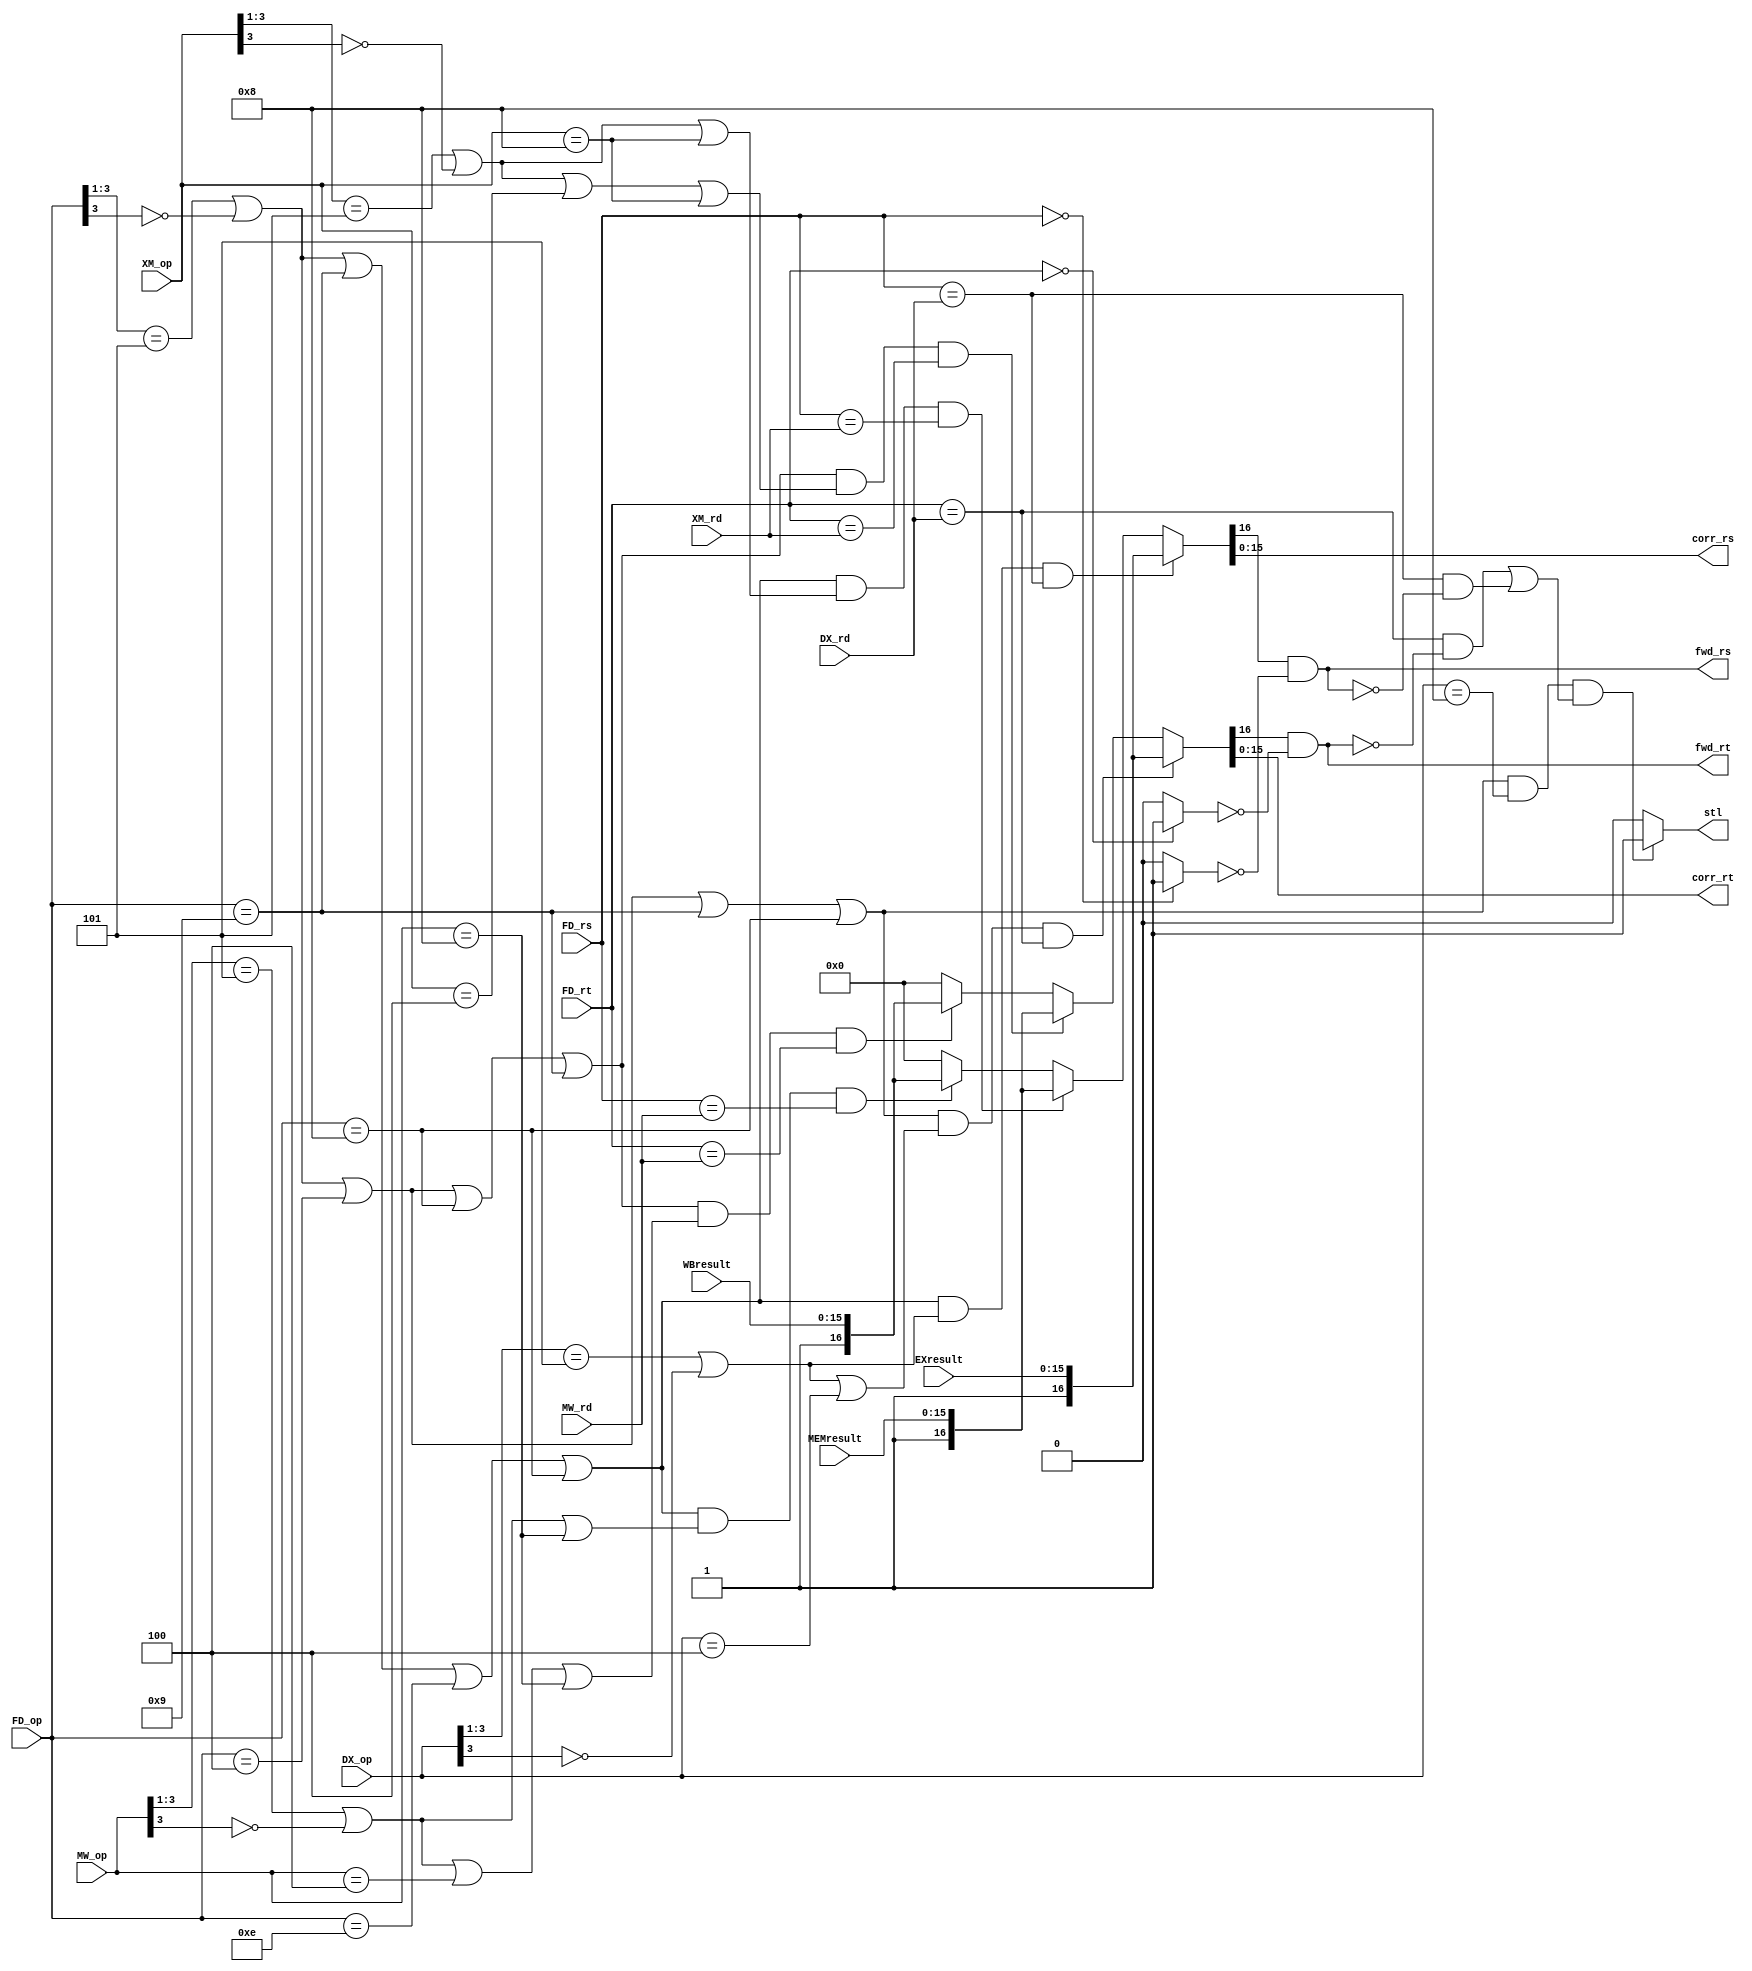
module HDU(FD_op, FD_rs, FD_rt, DX_op, DX_rd, XM_op, XM_rd, MW_op, MW_rd, EXresult, MEMresult, WBresult, stl, corr_rs, corr_rt, fwd_rs, fwd_rt);

input [3:0] FD_op, DX_op, XM_op, MW_op;
input [3:0] FD_rs, DX_rd, XM_rd, MW_rd;
input [3:0] FD_rt;
input [15:0] EXresult, MEMresult, WBresult;

output [15:0] corr_rs, corr_rt;
output stl;
output fwd_rs, fwd_rt;

localparam ARITH = 1'b0;
localparam [1:0] NoShift = 2'b00;
localparam [3:0] NOR = 4'b0100;
localparam [2:0] IMMLOAD = 3'b101;
localparam [3:0] LW = 4'b1000;
localparam [3:0] SW = 4'b1001;
localparam [3:0] JR = 4'b1110;

wire [16:0] corr_rs_tmp, corr_rt_tmp;
wire rsZero, rtZero;

//FORWARDING
// 16th bit/MSB is used to signal that a forward has occurred 
assign corr_rs_tmp = ((FD_op[3:1] == IMMLOAD || FD_op[3] == ARITH || FD_op == SW || FD_op == JR || FD_op == LW) && //FWD rs X->D
		(DX_op[3:1] == IMMLOAD ||  DX_op[3] == ARITH) && 
		(FD_rs == DX_rd)) ? {1'b1,EXresult} :
		((FD_op[3:1] == IMMLOAD || FD_op[3] == ARITH || FD_op == SW || FD_op == JR || FD_op == LW) && //FWD rs M->D
		(XM_op[3:1] == IMMLOAD ||  XM_op[3] == ARITH || XM_op == LW) && 
		(FD_rs == XM_rd)) ? {1'b1,MEMresult} :
		((FD_op[3:1] == IMMLOAD || FD_op[3] == ARITH || FD_op == SW || FD_op == JR || FD_op == LW) && //FWD rs W->D
		(MW_op[3:1] == IMMLOAD ||  MW_op[3] == ARITH || MW_op == LW) && 
		(FD_rs == MW_rd)) ? {1'b1,WBresult} : 
					17'b0;
 
// 16th bit/MSB is used to signal that a forward has occurred 
assign corr_rt_tmp = ((FD_op[3:1] == IMMLOAD || FD_op[3] == NoShift || FD_op == NOR || FD_op == SW || FD_op == LW) && //FWD rt X->D
		(DX_op[3:1] == IMMLOAD ||  DX_op[3] == NoShift || DX_op == NOR) && 
		(FD_rt == DX_rd)) ? {1'b1,EXresult} :
		((FD_op[3:1] == IMMLOAD || FD_op[3] == NoShift || FD_op == NOR || FD_op == LW || FD_op == SW) && //FWD rt M->D
		(XM_op[3:1] == IMMLOAD ||  XM_op[3] == NoShift || XM_op == NOR || XM_op == LW) &&
		(FD_rt == XM_rd)) ? {1'b1,MEMresult} :
		((FD_op[3:1] == IMMLOAD || FD_op[3] == NoShift || FD_op == NOR || FD_op == LW || FD_op == SW) && //FWD rt W->D
		(MW_op[3:1] == IMMLOAD ||  MW_op[3] == NoShift || MW_op == NOR || MW_op == LW) && 
		(FD_rt == MW_rd)) ? {1'b1,WBresult} : 
					17'b0;

//R0 is always 0
assign rsZero = (FD_rs == 4'b000) ? 1 : 0;
assign rtZero = (FD_rt == 4'b000) ? 1 : 0;

assign corr_rs = corr_rs_tmp[15:0];
assign corr_rt = corr_rt_tmp[15:0];
assign fwd_rs = (corr_rs_tmp[16] && ~rsZero); 
assign fwd_rt = (corr_rt_tmp[16] && ~rtZero);

//STALLING
assign stl = ((FD_op[3:1] == IMMLOAD || FD_op[3] == NoShift || FD_op == NOR || FD_op == SW || FD_op == LW) && //stall if we have dependance on an 
		(DX_op == LW) && ((FD_rt == DX_rd && ~fwd_rt) || (FD_rs == DX_rd && ~fwd_rs))) ? 1 ://LW in the EX stage and no forwarding fixing this already
		0;

endmodule